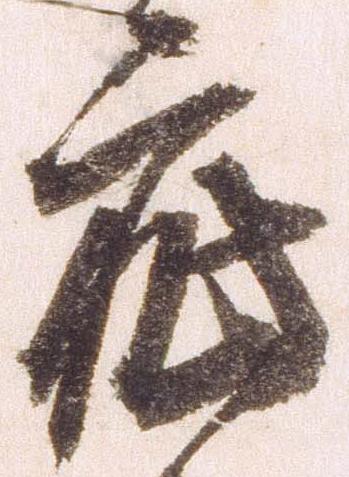
疵